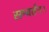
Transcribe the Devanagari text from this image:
सम्वर्तन।